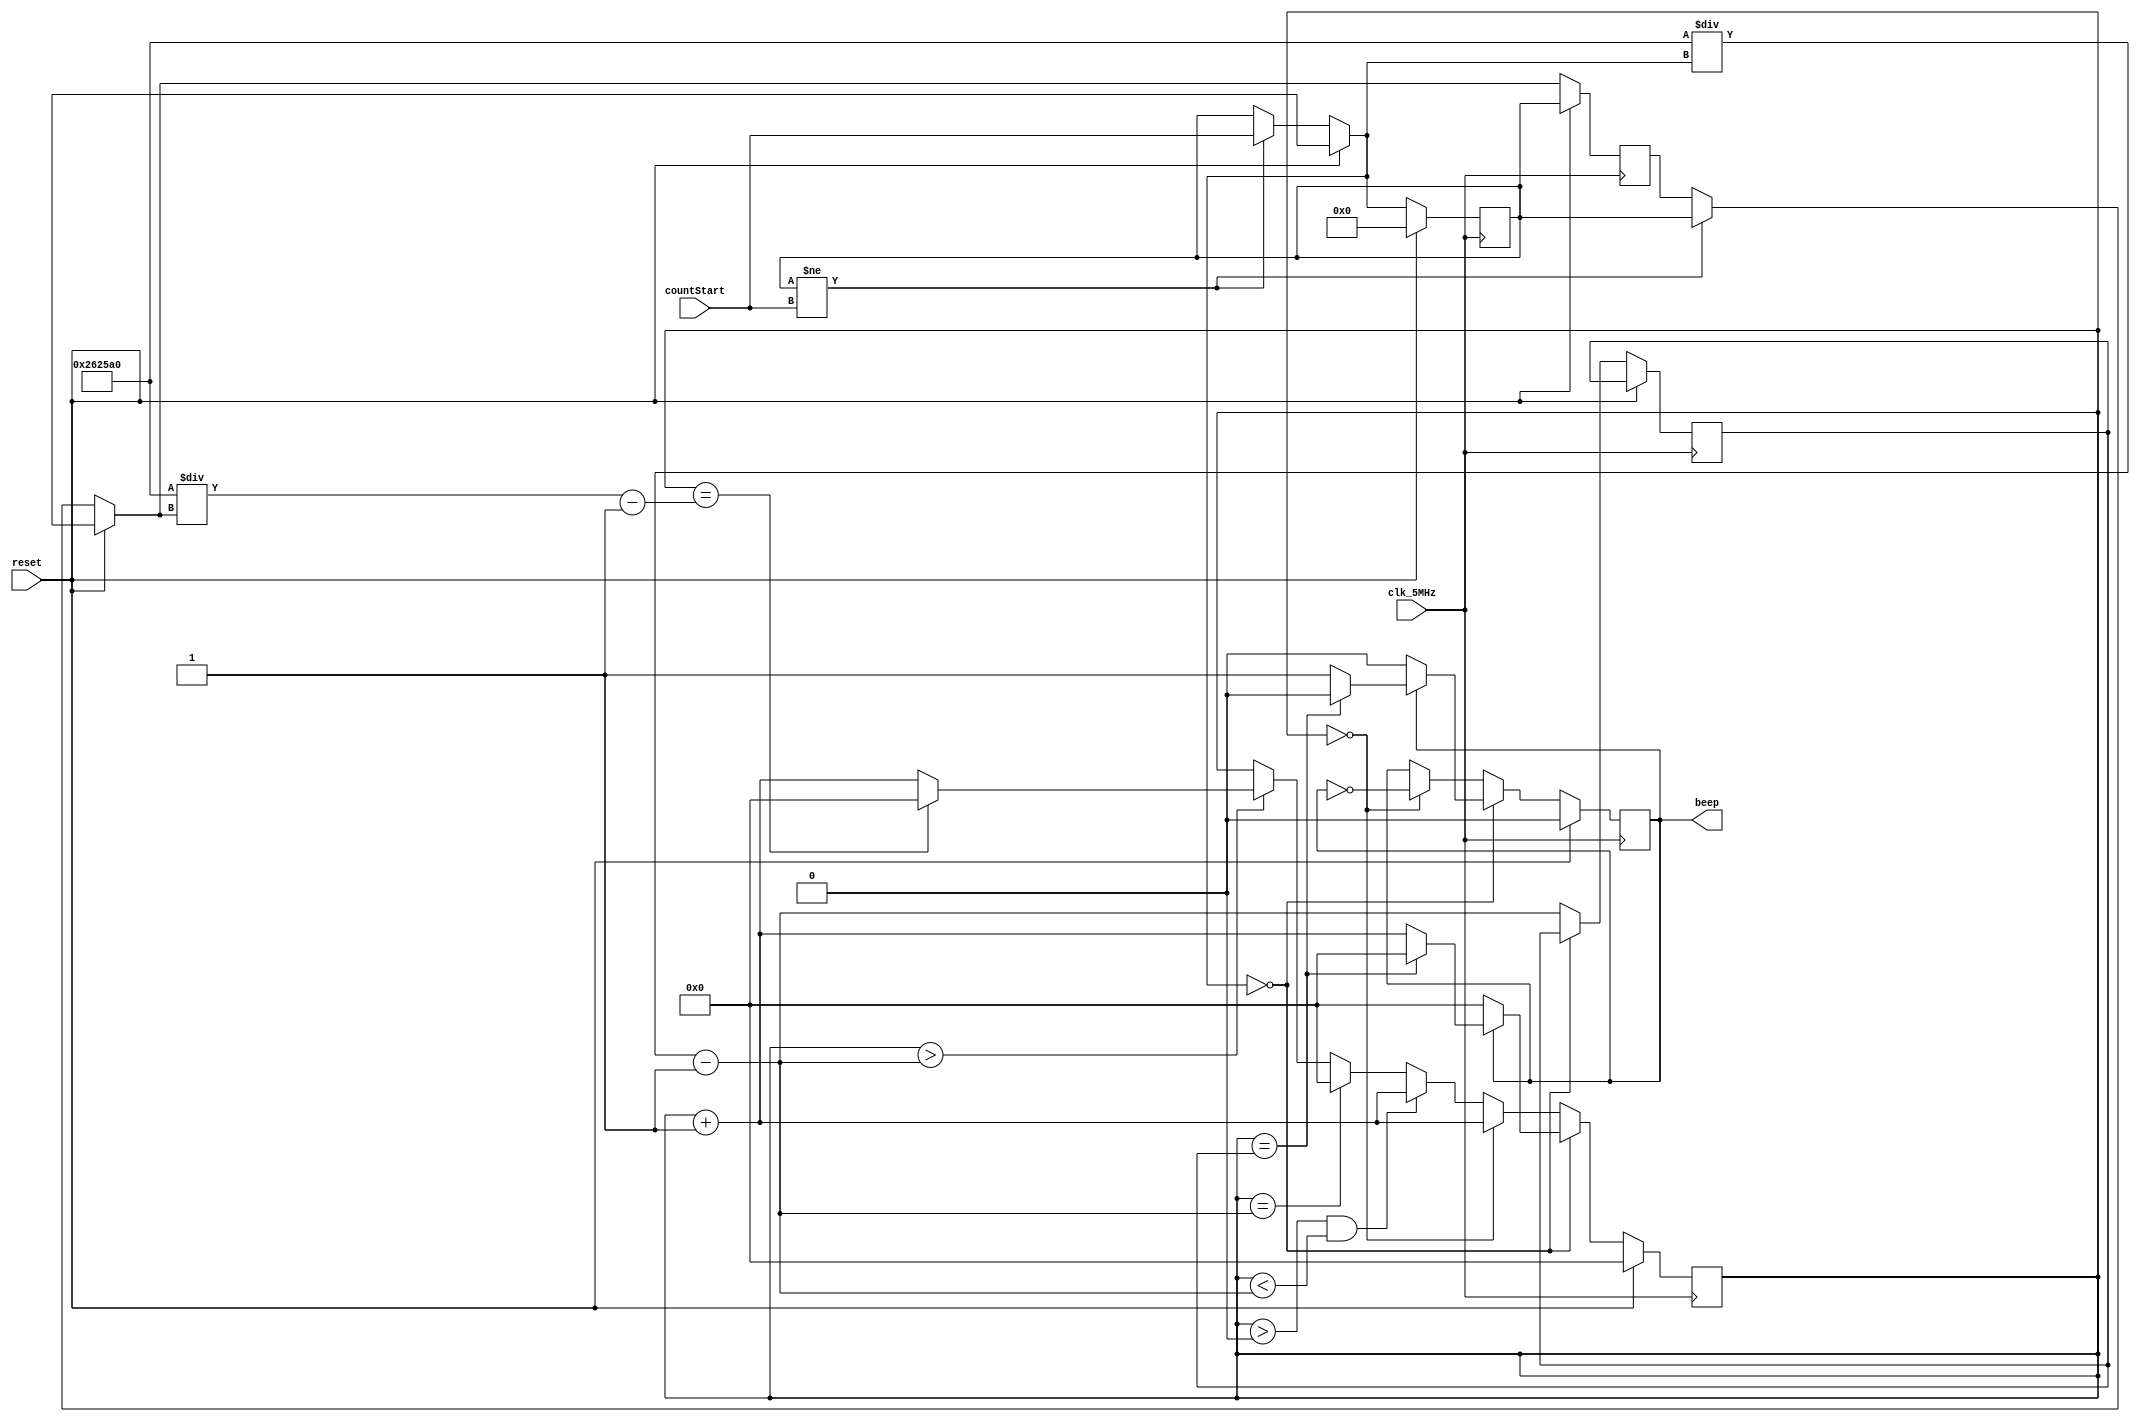
`timescale 1ns / 1ps
//////////////////////////////////////////////////////////////////////////////////
// Company: 
// Engineer: 
// 
// Design Name: 
// Module Name: PWMcontroler
// Project Name: 
// Target Devices: 
// Tool Versions: 
// Description: 
// 
// Dependencies: 
// 
// Revision:
// Revision 0.01 - File Created
// Additional Comments:
// 
//////////////////////////////////////////////////////////////////////////////////


module PWMcontroller(
        clk_5MHz,
        countStart,
        reset,
        beep
    );
    
input clk_5MHz;
input [13:0] countStart;
input reset;
output beep;


reg beep_r;
reg [13:0] count;  
reg [13:0] count_old;
integer c;
reg [14:0] cnt;
  
// write your code here
// you can also modify other parts.
initial begin
cnt <= 15'd0;
end

always @(posedge clk_5MHz)
begin  
    if (reset)
    begin
    beep_r = 1'b0;
    count_old = count;
    count = 14'd0;
    cnt = 15'd0;
        // write your code here
        // you can also modify other parts.
    end 
    
    else
    begin
    
    if ( count != countStart ) begin 
    count_old = count;
    count = countStart;
    end
        // write your code here
        // you can also modify other parts.
        
        if ( count == 14'd0 ) begin
            if( beep_r == 1 ) begin 
                if ( cnt == c ) begin 
                    beep_r <= 1'b0;
                    cnt <= 1'b0;
                end
                
                else begin 
                    cnt <= cnt + 1;
                end
            end
        
            else begin 
                beep_r <= 1'b0;
                cnt <= 1'b0;
            end
        end 
        
        
        else begin
            c = 2500000/count -1 ;
        
            if ( cnt == 0 ) begin 
                beep_r <= !beep_r;
                cnt <= cnt + 15'd1;
            end
        
            else if ( cnt > 0 && cnt <c ) begin 
                cnt <= cnt + 15'd1;
            end
        
            else if ( cnt == c ) begin 
                cnt <= 15'd0;
            end
            
            else if ( cnt > c ) begin
                 if ( cnt == 2500000/count_old - 1 ) begin
                    cnt <= 0;
                 end
                 else begin
                    cnt <= cnt + 1;
                 end
            end
        end
    end
end 

assign beep = beep_r;
endmodule